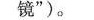
镜”)。